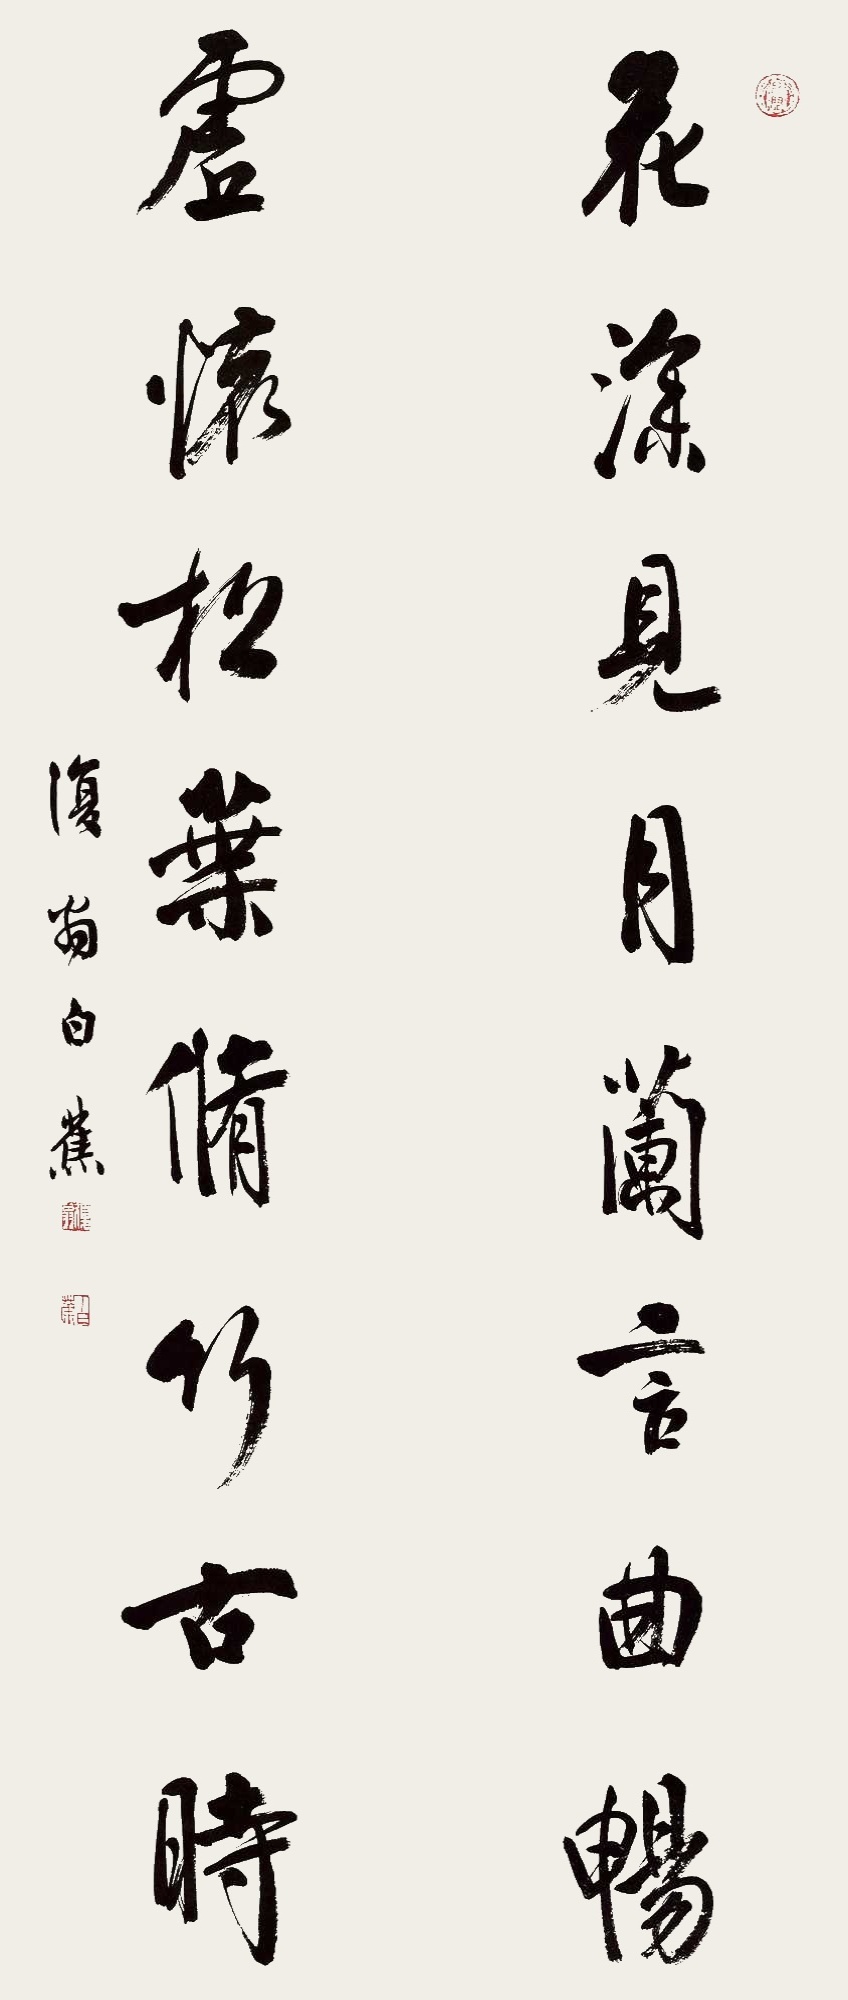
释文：花深见月兰言曲畅，虚怀松叶修竹古时。复翁白蕉。